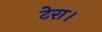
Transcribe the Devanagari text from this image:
टेरा।